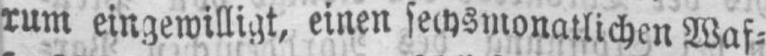
rum eingewilligt, einen sechsmonatlichen Waf⸗